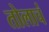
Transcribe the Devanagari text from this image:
तोलाचं